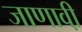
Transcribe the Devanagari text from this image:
जाणावी़